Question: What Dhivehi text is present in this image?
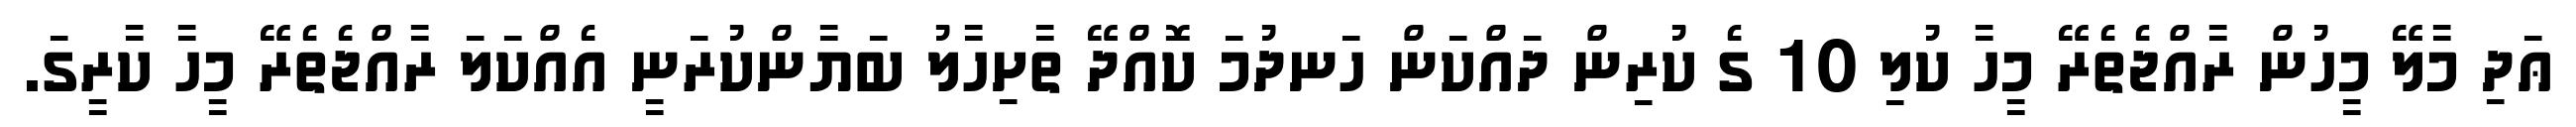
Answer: ޢަދި މާލޭ މީހުން ރާއްޖެތެރޭ މީހާ ކުލި 10 ގެ ކުރިން ދައްކަން ހަނދުމަ ކޮއްދޭ ތާށިހާލު ބަޔާންކުރަނީ އެއްކަލަ ރާއްޖެތެރޭ މީހާ ކާރީގަ.